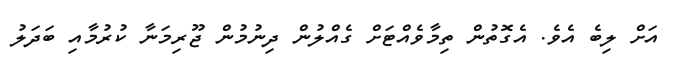
އަށް ލިބެ އެވެ. އެގޮތުން ތިމާވެއްޓަށް ގެއްލުން ދިނުމުން ޖޫރިމަނާ ކުރުމާއި ބަދަލު